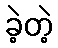
ခဲ့တဲ့